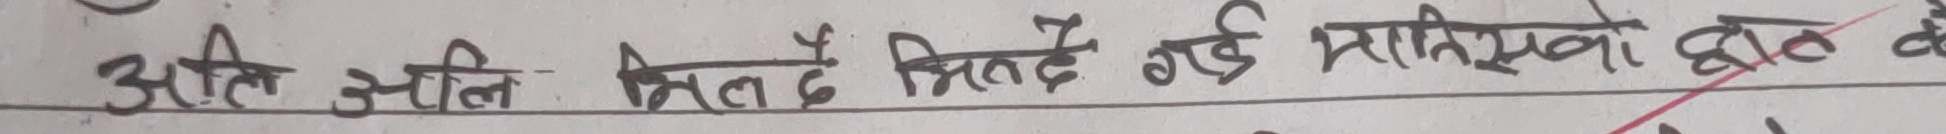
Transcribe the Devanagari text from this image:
अति उचिन भित्तै भित्तिदै नई मासिक्ने को छूत है